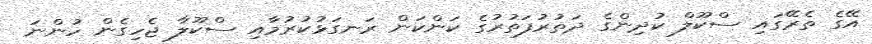
އޭގެ ތެރޭގައި ސްކޫލް ކުދިންގެ ދަތުރުފަތުރުގެ ކަންކަން ރަނގަޅުކުރުމާއި ސްކޫލާ ޖެހިގެން ހުންނަ